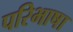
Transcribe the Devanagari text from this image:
परिभाषा